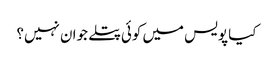
کیا پویس میں کوئی پتلے جوان نہیں؟